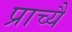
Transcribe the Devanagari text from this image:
प्राच्यै